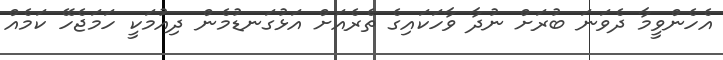
އެހެންވީމާ ދެވަނަ ބުރަށް ނުދާ ވާހަކައިގެ ތެރެއަށް އަޅުގަނޑުމެން ދިއުމަކީ ހަމަޖެހޭ ކަމެއް